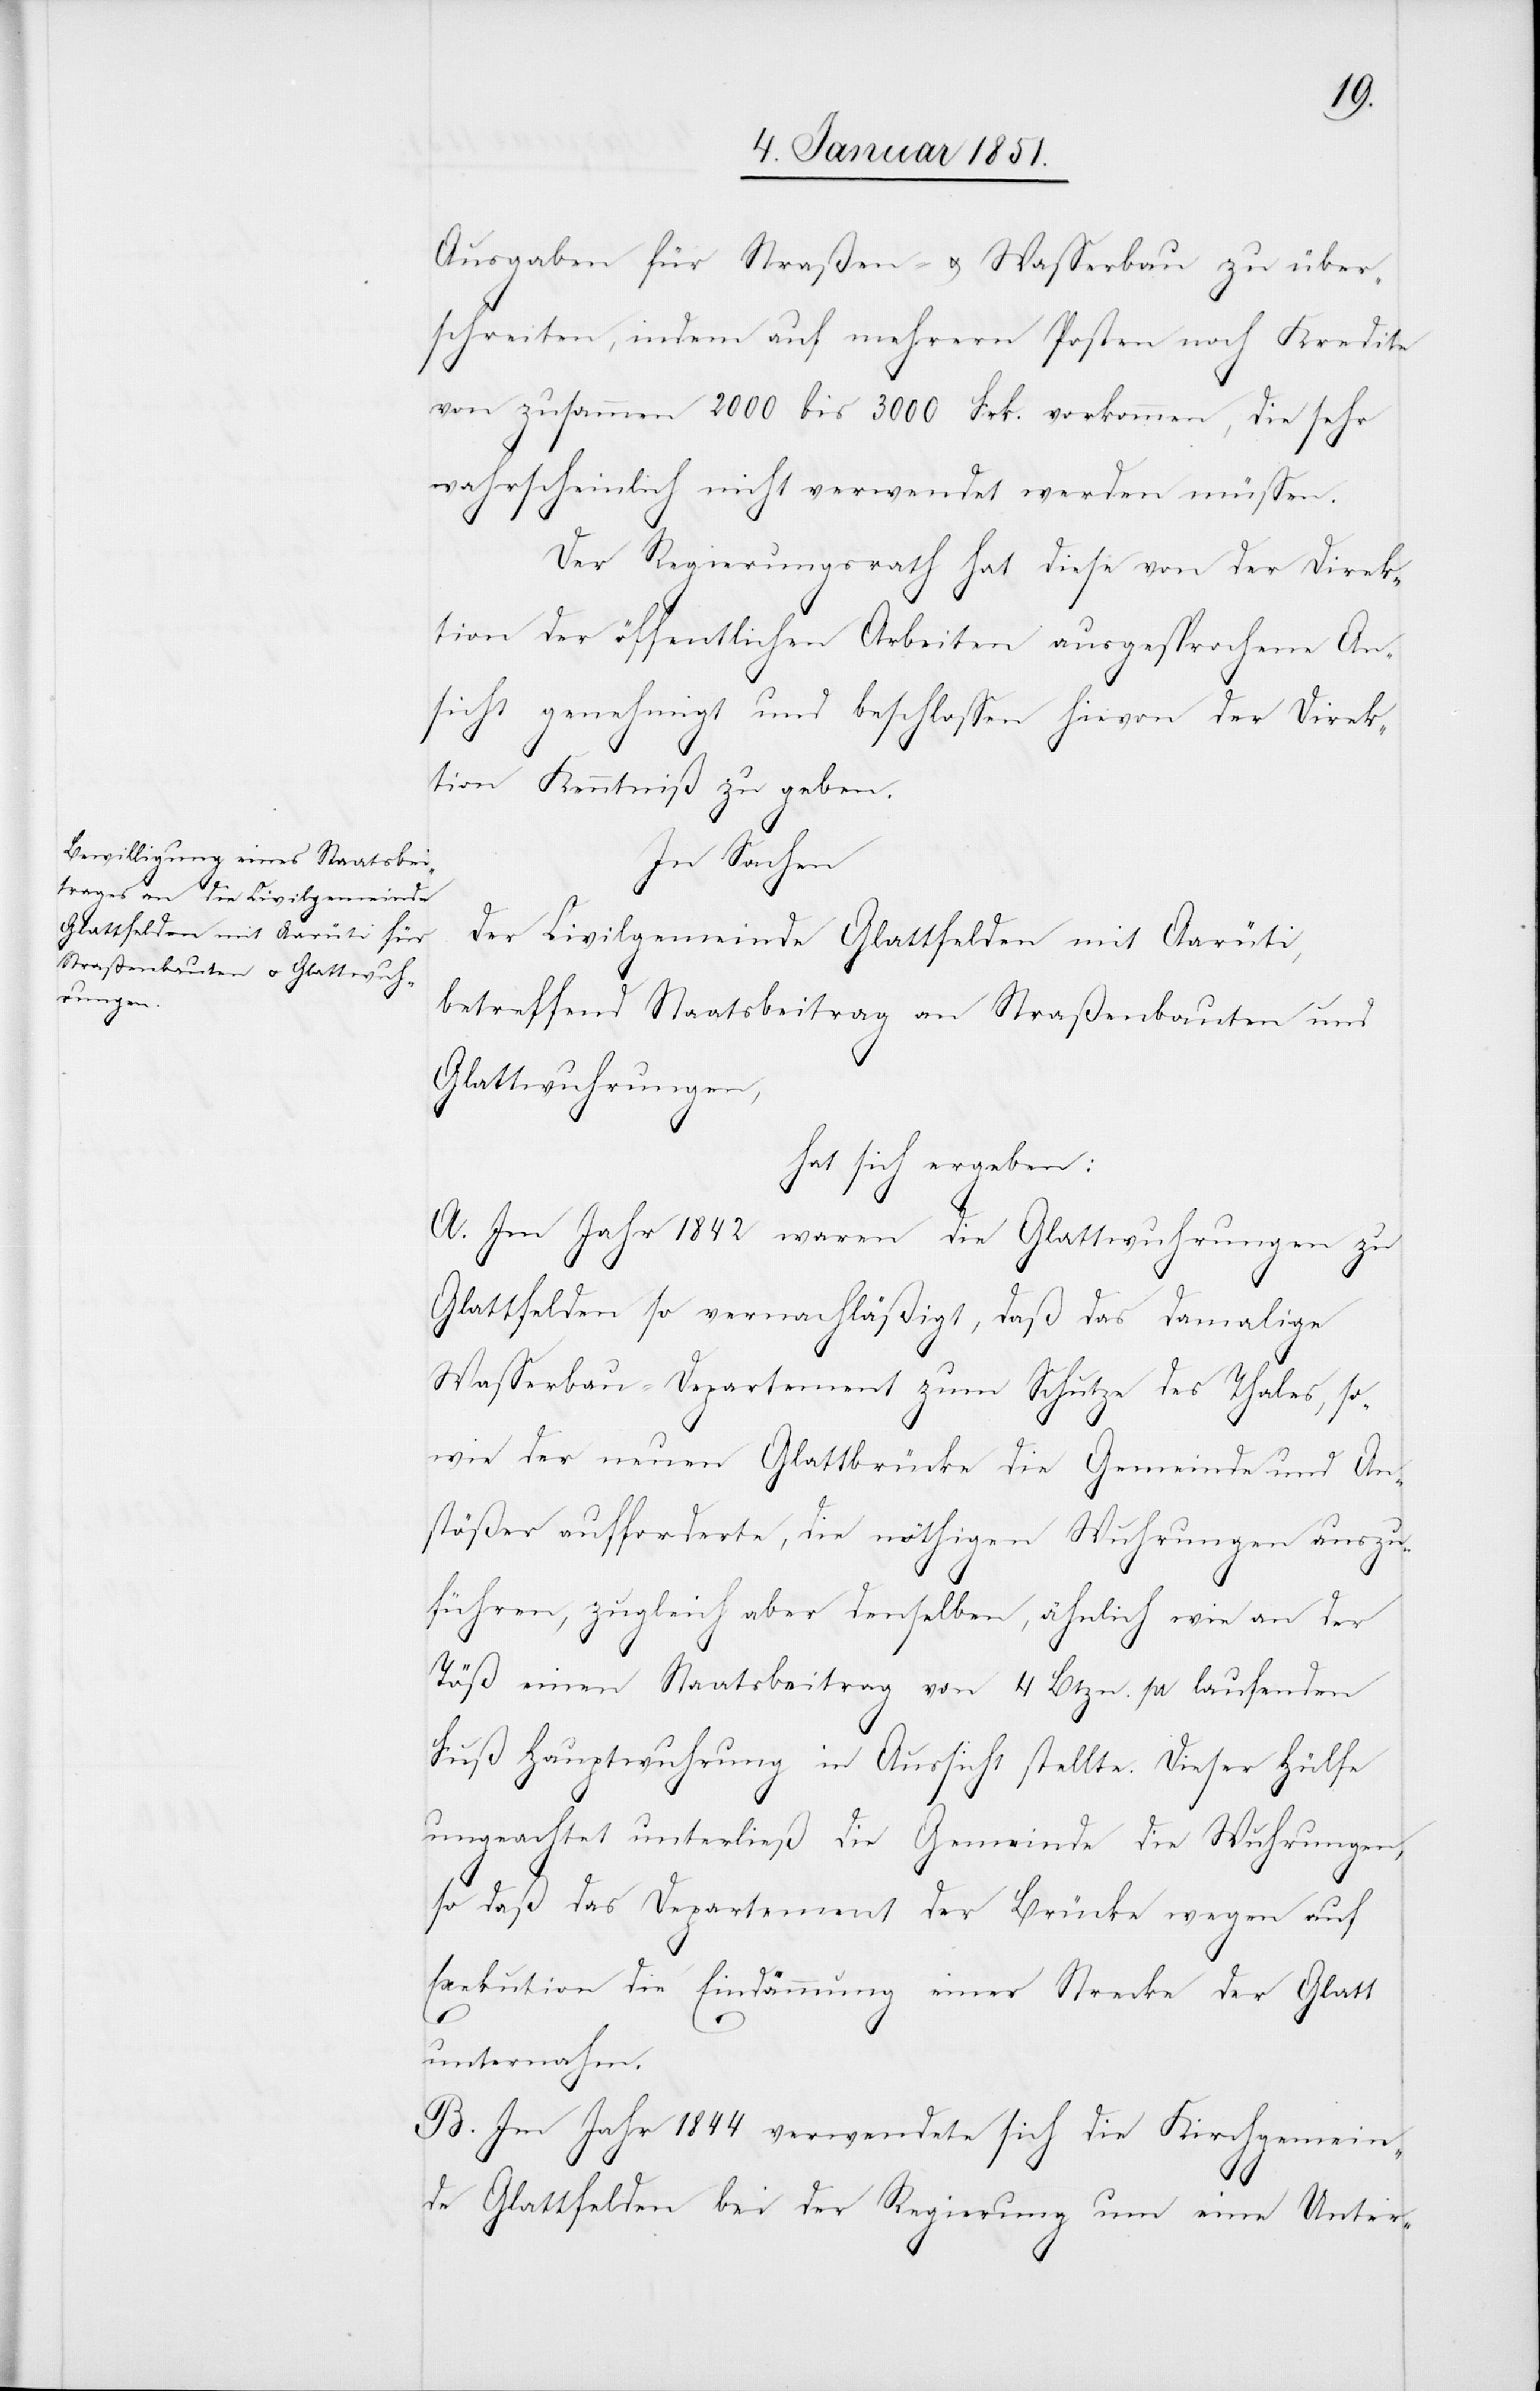
Ausgaben für Straßen- u. Wasserbau zu über¬
schreiten, indem auf mehrern Posten noch Kredite
von zusammen 2000 bis 3000 Frk. vorkommen, die sehr
wahrscheinlich nicht verwendet werden müssen.
Der Regierungsrath hat diese von der Direk¬
tion der öffentlichen Arbeiten ausgesprochene An¬
sicht genehmigt und beschlossen hievon der Direk¬
tion Kenntniß zu geben.
In Sachen
der Civilgemeinde Glattfelden mit Aarüti,
betreffend Staatsbeitrag an Straßenbauten und
Glattwuhrungen,
hat sich ergeben:
A. Im Jahr 1842 waren die Glattwuhrungen zu
Glattfelden so vernachläßigt, daß das damalige
Wasserbau-Departement zum Schutze des Thales, so¬
wie der neuen Glattbrücke die Gemeinde und An¬
stößer aufforderte, die nöthigen Wuhrungen auszu¬
führen, zugleich aber denselben, ähnlich wie an der
Töß einen Staatsbeitrag von 4 Btzn. pr. laufenden
Fuß Hauptwuhrung in Aussicht stellte. Dieser Hülfe
ungeachtet unterließ die Gemeinde die Wuhrungen,
so daß das Departement der Brücke wegen auf
Exekution die Eindämmung einer Strecke der Glatt
unternahm.
B. Im Jahr 1844 verwendete sich die Kirchgemein¬
de Glattfelden bei der Regierung um eine Unter-